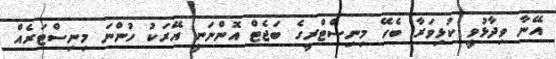
އޭނާ ވިދާޅުވީ ކުޅިވަރާ ބެހޭ މިނިސްޓްރީގެ ބަޖެޓް އޮންނަނީ އޭރަކު ހުންނަ މިނިސްޓަރެއް